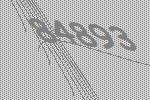
84893